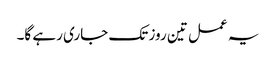
یہ عمل تین روز تک جاری رہے گا۔